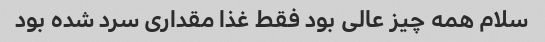
سلام همه چیز عالی بود فقط غذا مقداری سرد شده بود